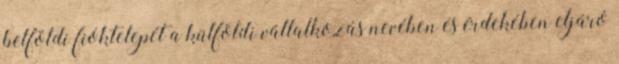
belföldi fióktelepét a külföldi vállalkozás nevében és érdekében eljáró